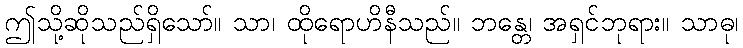
ဤသို့ဆိုသည်ရှိသော်။ သာ၊ ထိုရောဟိနီသည်။ ဘန္တေ၊ အရှင်ဘုရား။ သာဓု၊